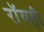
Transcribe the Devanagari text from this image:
रॉयही